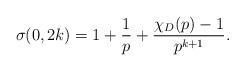
LaTeX: \begin{align*}\sigma(0,2k)=1+\frac{1}{p}+\frac{\chi_D(p)-1}{p^{k+1}}.\end{align*}